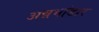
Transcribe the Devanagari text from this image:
अन्नभांडार